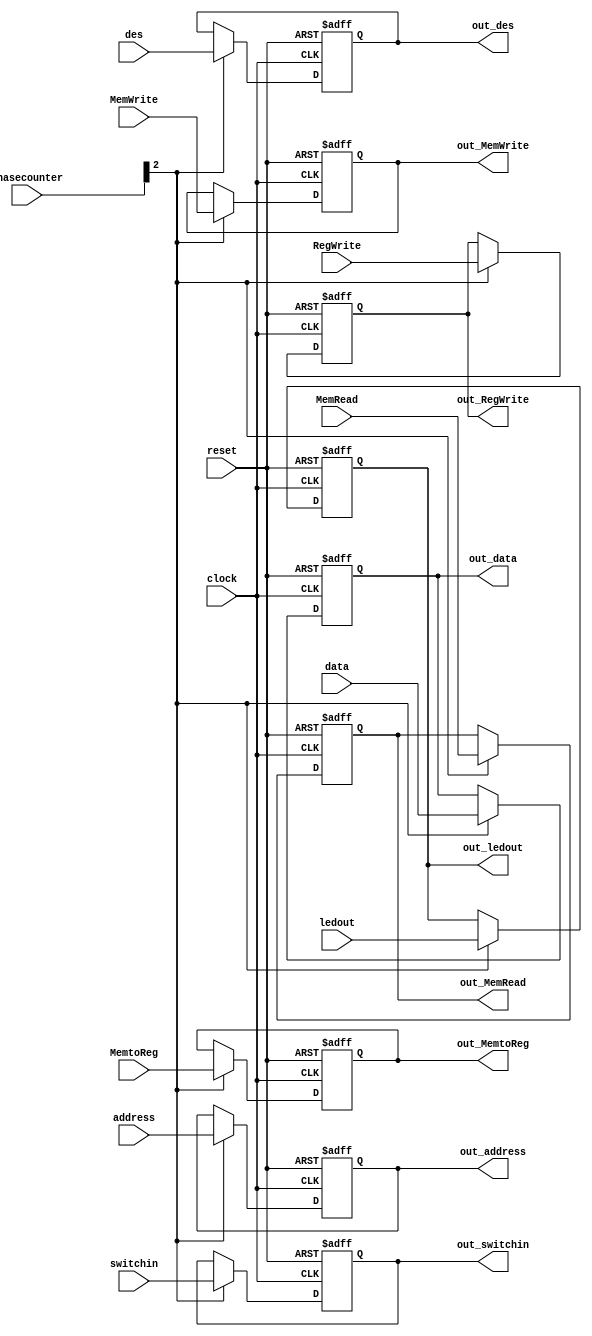
module EXMEM_pipeline_register(
input clock,reset,
input [4:0] phasecounter,
//from controller
input MemtoReg, RegWrite, MemRead, MemWrite,
input [1:0] ledout,
input switchin,
//from fetch register 
input [15:0] address, data,
//from command
input [2:0] des,

output reg out_MemtoReg, out_RegWrite, out_MemRead, out_MemWrite,
output reg [1:0] out_ledout,
output reg out_switchin,
output reg [15:0] out_address,out_data,
output reg [2:0] out_des

);

always @(posedge clock or negedge reset)
begin
	if(reset == 1'b0)
		begin
			{out_MemtoReg, out_RegWrite, out_MemRead, out_MemWrite} <= 4'b0000;
			out_ledout <= 2'b00;
			out_switchin <= 1'b0;
			out_address <= 16'b0;
			out_data <= 16'b0;
			out_des <= 3'b0;
		end 
	else if(phasecounter[2] == 1'b1)
		begin
			{out_MemtoReg, out_RegWrite, out_MemRead, out_MemWrite} <= {MemtoReg, RegWrite, MemRead, MemWrite};
			out_ledout <= ledout;
			out_switchin <= switchin;
			out_address <= address;
			out_data <= data;
			out_des <= des;
		end
end

endmodule